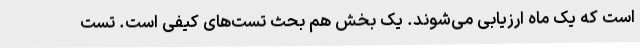
است که یک ماه ارزیابی می‌شوند. یک بخش هم بحث تست‌های کیفی است. تست